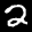
Label: 2